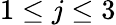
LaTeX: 1\leq j\leq 3